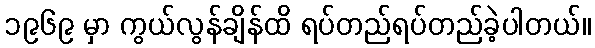
၁၉၆၉ မှာ ကွယ်လွန်ချိန်ထိ ရပ်တည်ရပ်တည်ခဲ့ပါတယ်။